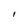
Character: I